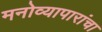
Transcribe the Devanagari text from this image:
मनोव्यापारांचा